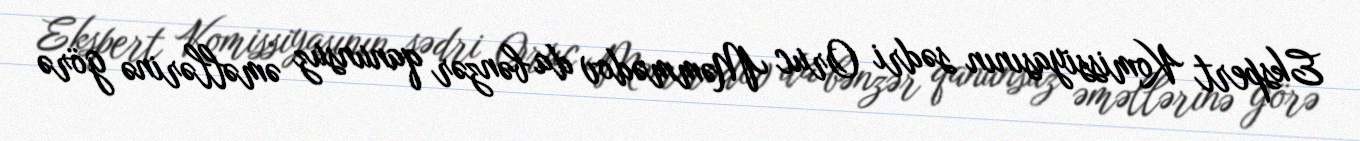
Ekspert Komissiyasının sədri Oruc Məmmədov da bənzər qanunsuz əməllərinə görə